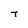
Character: T